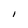
Character: l